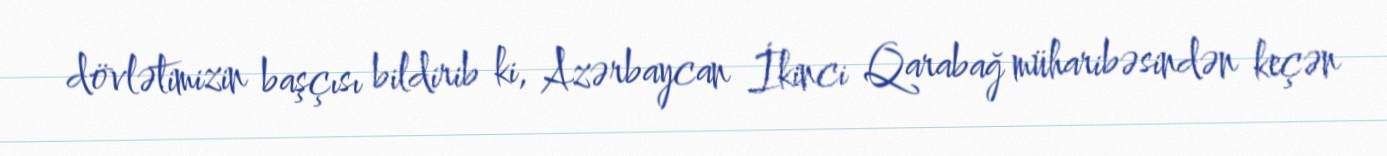
dövlətimizin başçısı bildirib ki, Azərbaycan İkinci Qarabağ müharibəsindən keçən